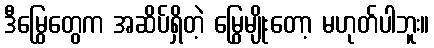
ဒီမြွေတွေက အဆိပ်ရှိတဲ့ မြွေမျိုးတော့ မဟုတ်ပါဘူး။